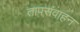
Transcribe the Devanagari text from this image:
तापसंवाहन